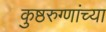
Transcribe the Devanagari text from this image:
कुष्ठरुग्णांच्या